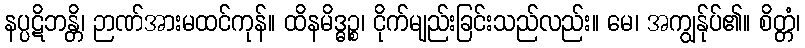
နပ္ပဋိဘန္တိ၊ ဉာဏ်အားမထင်ကုန်။ ထိနမိဒ္ဓဉ္စ၊ ငိုက်မျည်းခြင်းသည်လည်း။ မေ၊ အကျွန်ုပ်၏။ စိတ္တံ၊